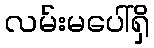
လမ်းမပေါ်ရှိ